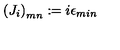
\left( J _ { i } \right) _ { m n } : = i \epsilon _ { m i n }